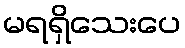
မရရှိသေးပေ